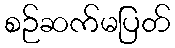
စဉ်ဆက်မပြတ်